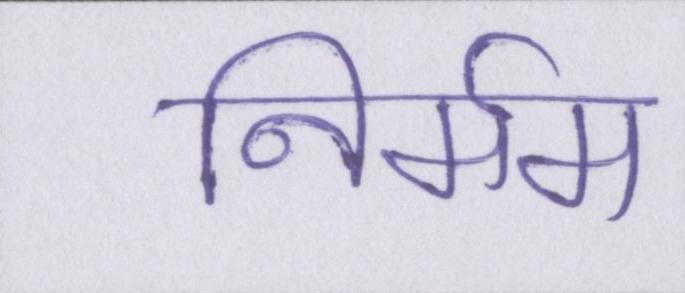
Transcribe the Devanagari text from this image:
निर्मम